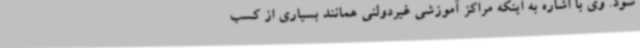
شود. وی با اشاره به اینکه مراکز آموزشی غیردولتی همانند بسیاری از کسب